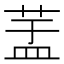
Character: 𦱃